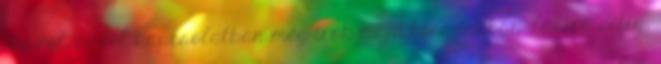
tbc-ről. ezzel kapcsolatban még írok majd hosszabban. lucica ditiu,